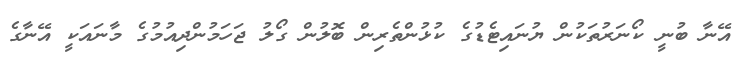
އޭނާ ބުނީ ކޯނަރުތަކުން ޔުނައިޓެޑުގެ ކުޅުންތެރިން ބޮލުން ގޯލު ޖަހަމުންދިއުމުގެ މާނައަކީ އޭނާގެ